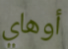
أوهاي